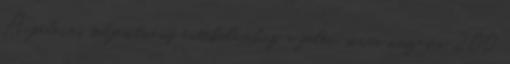
A féléves teljesítmény értékeléséhez a félév során összesen 200